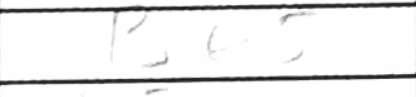
Transcription: Be5